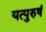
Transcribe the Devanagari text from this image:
यत्पुरुषं